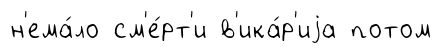
н'ема́ло см'е́рт'и в'ика́р'иjа потом